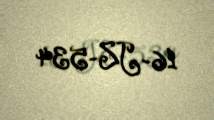
16-JZ-534